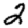
Digit: 2